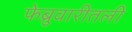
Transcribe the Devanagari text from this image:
फेब्रुवारीतली